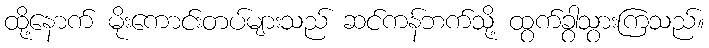
ထို့နောက် မိုးကောင်းတပ်များသည် ဆင်ကန်ဘက်သို့ ထွက်ခွာသွားကြသည်။